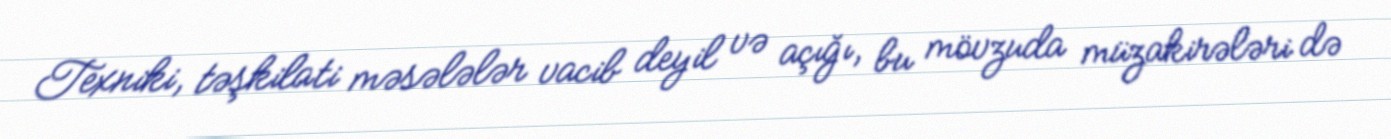
Texniki, təşkilati məsələlər vacib deyil və açığı, bu mövzuda müzakirələri də